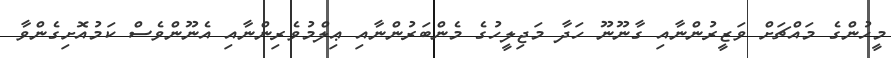
މީހުންގެ މައްޗަށް ވަޒީރުންނާއި ގާނޫނޫ ހަދާ މަޖިލީހުގެ މެންބަރުންނާއި ޢިލްމުވެރިންނާއި އެނޫންވެސް ކަމުއޮށިގެންވާ